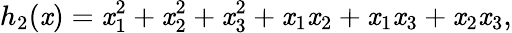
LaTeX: h_{2}(\mathit{x})=\mathit{x}_{1}^{2}+\mathit{x}_{2}^{2}+\mathit{x}_{3}^{2}+\mathit{x}_{1}\mathit{x}_{2}+\mathit{x}_{1}\mathit{x}_{3}+\mathit{x}_{2}\mathit{x}_{3},